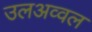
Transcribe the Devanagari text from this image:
उलअव्वल